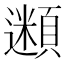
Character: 𩔢